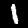
Label: 1